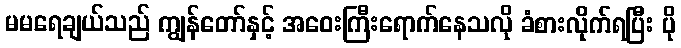
မမရေချယ်သည် ကျွန်တော်နှင့် အဝေးကြီးရောက်နေသလို ခံစားလိုက်ရပြီး ပို